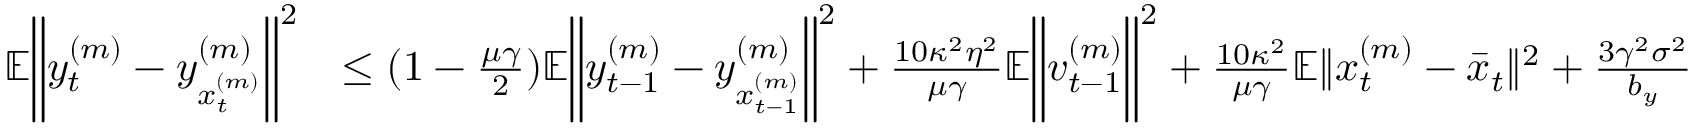
\begin{array} { r l } { \mathbb { E } \bigg \| y _ { t } ^ { ( m ) } - y _ { x _ { t } ^ { ( m ) } } ^ { ( m ) } \bigg \| ^ { 2 } } & { \leq ( 1 - \frac { \mu \gamma } { 2 } ) \mathbb { E } \bigg \| y _ { t - 1 } ^ { ( m ) } - y _ { x _ { t - 1 } ^ { ( m ) } } ^ { ( m ) } \bigg \| ^ { 2 } + \frac { 1 0 \kappa ^ { 2 } \eta ^ { 2 } } { \mu \gamma } \mathbb { E } \bigg \| v _ { t - 1 } ^ { ( m ) } \bigg \| ^ { 2 } + \frac { 1 0 \kappa ^ { 2 } } { \mu \gamma } \mathbb { E } \| x _ { t } ^ { ( m ) } - \bar { x } _ { t } \| ^ { 2 } + \frac { 3 \gamma ^ { 2 } \sigma ^ { 2 } } { b _ { y } } } \end{array}